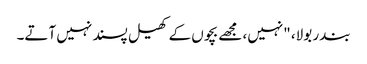
بندر بولا، "نہیں، مجھے بچوں کے کھیل پسند نہیں آتے۔